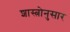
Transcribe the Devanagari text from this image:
शास्त्रोनुसार